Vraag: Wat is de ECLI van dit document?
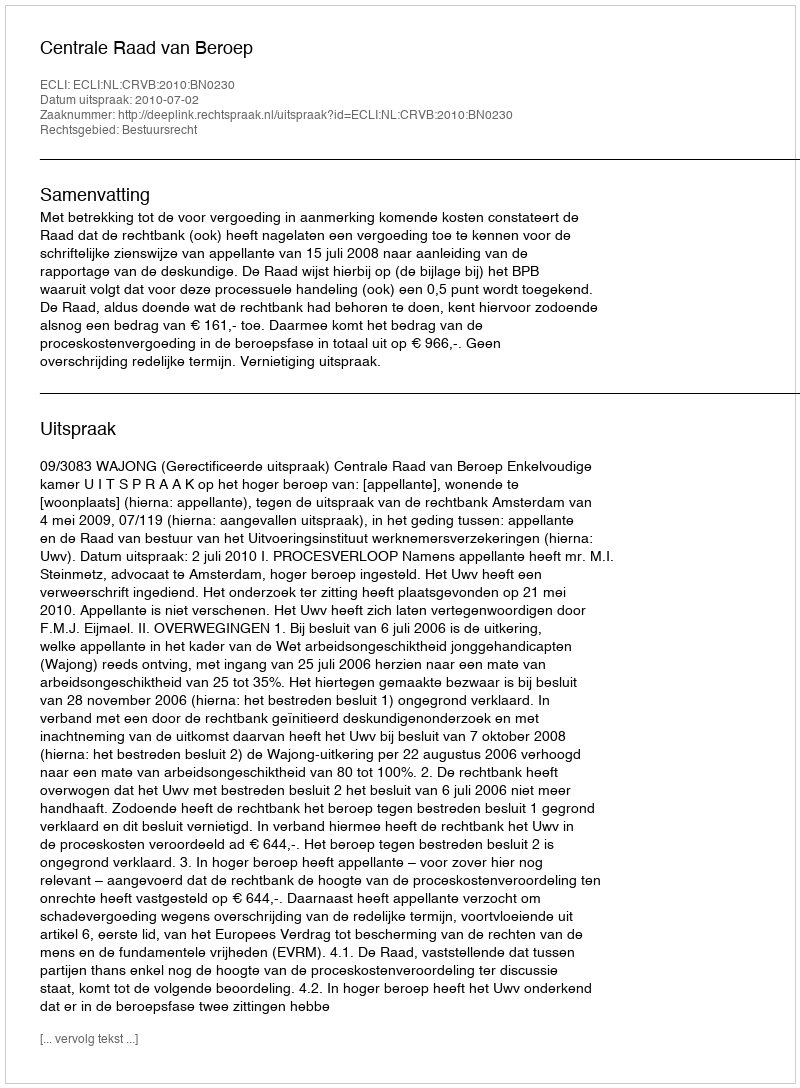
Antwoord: ECLI:NL:CRVB:2010:BN0230